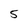
Character: 5